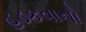
હડકવાનો